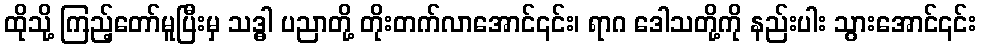
ထိုသို့ ကြည့်တော်မူပြီးမှ သဒ္ဓါ ပညာတို့ တိုးတက်လာအောင်၎င်း၊ ရာဂ ဒေါသတို့ကို နည်းပါး သွားအောင်၎င်း